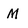
Character: M